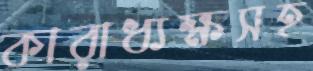
কারাধ্যক্ষসহ